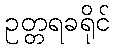
ဥတ္တရခရိုင်